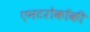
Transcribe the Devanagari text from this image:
एनटरोकॉकी